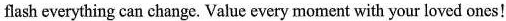
flash everything can change. Value every moment with your loved ones! .